Lunatic asylums Punjab 1881-1894 - 1881-1894
Year: 1881
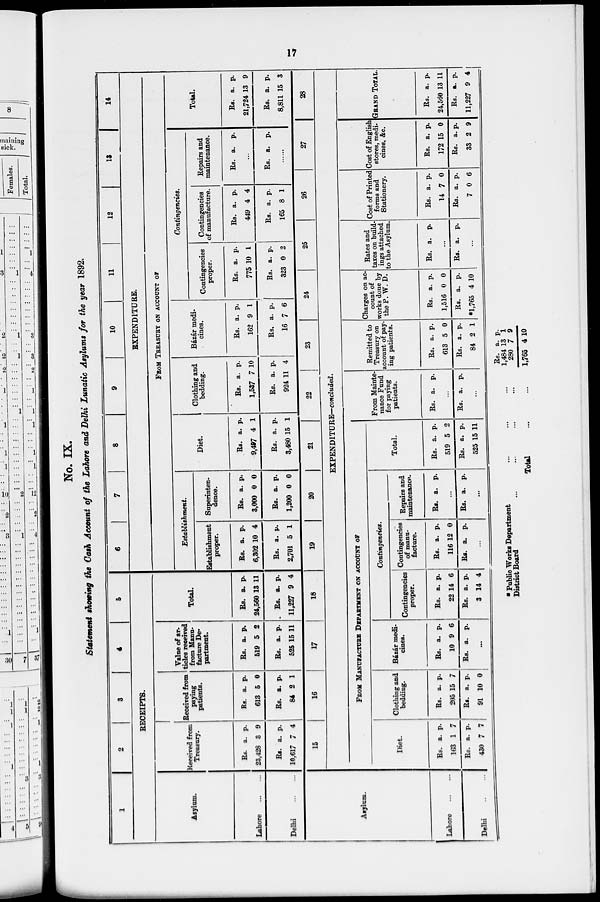
17
No. IX.
Statement showing the Cash Account of the Lahore and Delhi Lunatic Asylums for the year 1892.
1
2
3
4
5
RECEIPTS.
Asylum.
Lahore
Delhi
Received from
Treasury.
Rs.
23,428
Rs.
10,617
a.
3
a.
7
p.
9
p.
4
Received from
paying
patients.
Rs.
613
Be.
84
a.
5
a.
2
p.
0
p.
1
Value of ar-
ticles received
from Manu-
facture De-
partment.
Rs.
519
Rs.
525
a.
5
a.
15
p.
2
p.
11
Total.
Rs.
24,560
Rs.
11,227
a.
13
a.
9
p.
11
p.
4
6
7
8
9
10
11
12
13
14
EXPENDITURE.
FROM TREASURY ON ACCOUNT OF
Establishment.
Establishment
proper.
Rs.
6,302
Rs.
2,701
a.
10
a.
5
p.
4
p.
1
Superinten-
dence.
Rs.
3,000
Rs.
1,200
a.
0
a.
0
p.
0
p.
0
Diet.
Rs.
9,497
Rs.
3,480
a.
4
a.
15
p.
1
p.
1
Clothing and
bedding.
Rs.
1,537
Rs.
924
a.
7
a.
11
p.
10
p.
4
Bázár medi-
cines.
Rs.
162
Rs.
16
a.
9
a.
7
p.
1
p.
6
Contingencies.
Contingencies
proper.
Rs.
775
Rs.
323
a.
5 10
a.
8 0
p.
1
p.
2
Contingencies
of manufacture.
Rs.
449
Rs.
165
a.
4
a.
8
p.
4
p.
1
Repairs and
maintenance.
Rs. a. p.
...
Rs. a. p.
...
Total.
Rs.
21,724
Rs.
8,811
a.
13
a.
15
p.
9
p.
3
Asylum.
Lahore
...
...
Delhi
...
...
15
16
17
18
19
20
21
22
23
24
25
26
27
28
EXPENDITURE—concluded.
FROM MANUFACTURE DEPARTMENT ON ACCOUNT OF
Diet.
Rs.
163
Rs.
430
a.
1
a.
7
p.
7
p.
7
Clothing and
bedding.
Rs.
205
Rs.
91
a.
15
a.
10
p.
7
p.
0
Bázár medi-
cines.
Rs.
10
Rs.
a.
9
a.
p.
6
p.
...
Contingencies.
Contingencies
proper.
Rs.
22
Rs.
3
a.
14
a.
14
p.
6
p.
4
Contingencies
of manu-
facture.
Rs.
116
Rs.
a.
12
a.
p.
0
p.
...
Repairs and
maintenance.
Rs. a. p.
...
Rs. a. p.
...
Total.
Rs.
519
Rs.
525
a.
5
a.
15
p.
2
p.
11
From Mainte-
nance Fund
for paying
patients.
Rs. a. p.
...
Rs. a. p.
...
Remitted to
Treasury on
account of pay-
ing patients.
Rs.
613
Rs.
84
a.
5
a.
2
p.
0
p.
1
Charges on ac-
count of
works done by
the P. W. D.
Rs.
1,516
Rs.
*1,765
a.
0
a.
4
p.
0
p.
10
Rates and
taxes on build-
ings attached
to the Asylum.
Rs. a. p.
...
Rs. a. p.
...
Cost of Printed
forms and
Stationery.
Rs.
14
Rs.
7
a.
7
a.
0
p.
0
p.
6
Cost of English
stores, medi-
cines, &c.
Rs.
172
Rs.
33
a.
15
a.
2
p.
0
p.
9
GRAND TOTAL.
Rs.
24,560
Rs.
11,227
a.
13
a.
9
p.
11
p.
4
*
Public
Works
Department
...
...
...
District Board ... ... ... ...
Total ... ...
Rs.
1,484
280
1,765
a.
13
7
4
p.
1
9
10